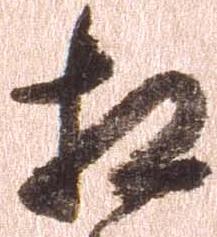
相